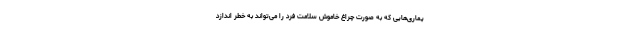
یماری‌هایی که به صورت چراغ خاموش سلامت فرد را می‌تواند به خطر اندازد